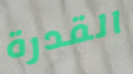
القدرة